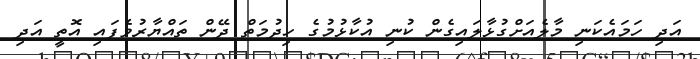
އަދި ހަމައެކަނި މާލެއަށްގުޅާލައިގެން ކުނި އުކާޅުމުގެ ހިދުމަތް ދޭން ތައްޔާރުވެފައި އޮތީ އަދި